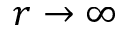
r \to \infty